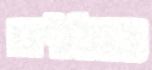
כוללים